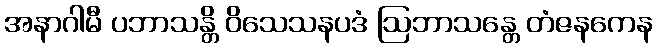
အနာဂါမီ ပဘာသန္တိ ဝိသေသနပဒံ ဩဘာသန္တေ တံဇနကေန